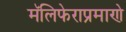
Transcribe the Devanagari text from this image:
मॅलिफेराप्रमाणे